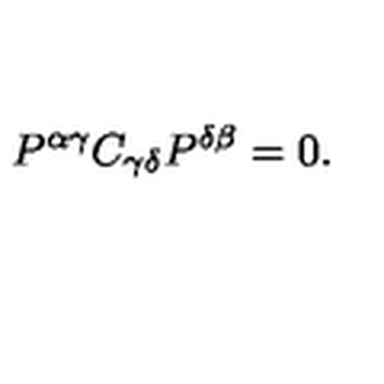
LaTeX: P ^ { \alpha \gamma } C _ { \gamma \delta } P ^ { \delta \beta } = 0 .